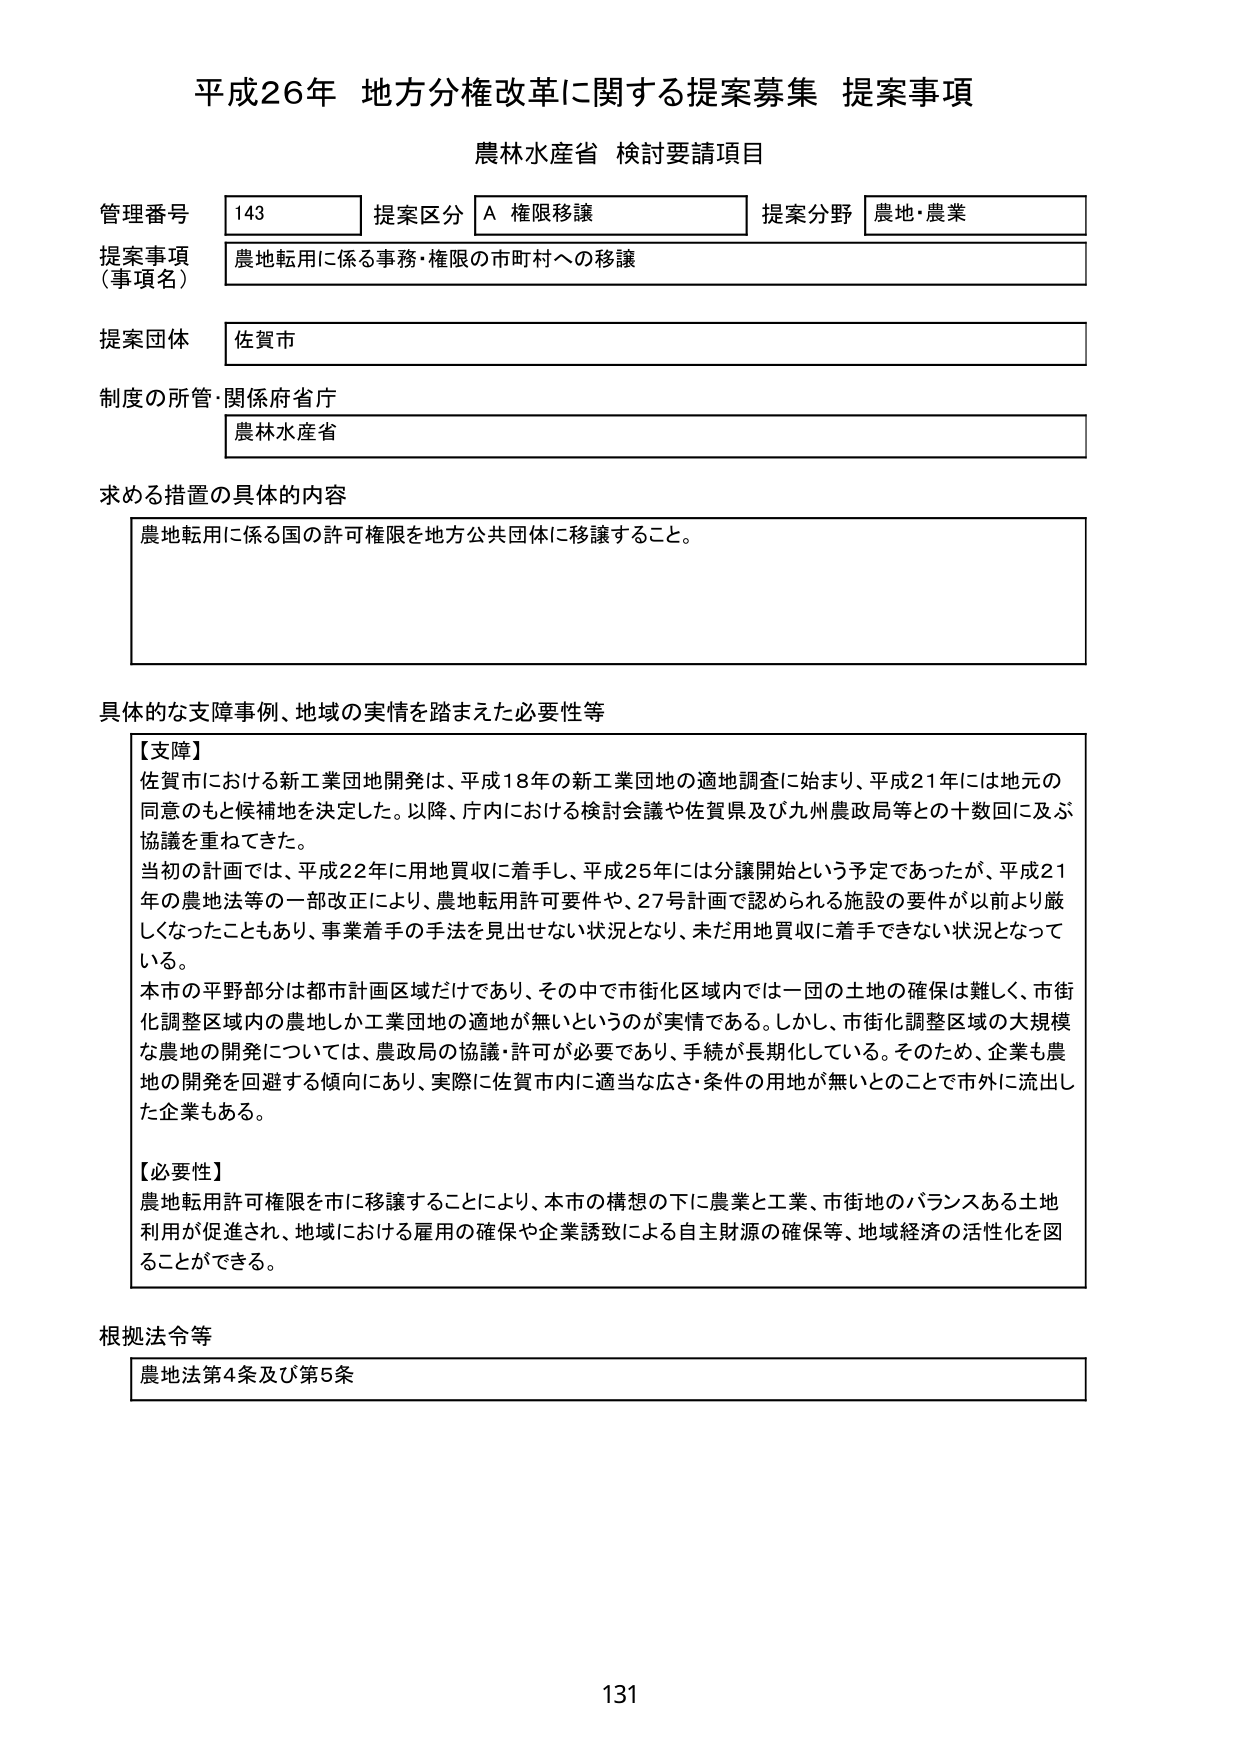
平成26年 地方分権改革に関する提案募集 提案事項
農林水産省 検討要請項目

管理番号 143 提案区分 A 権限移譲 提案分野 農地・農業
提案事項（事項名） 農地転用に係る事務・権限の市町村への移譲
提案団体 佐賀市
制度の所管・関係府省庁 農林水産省

求める措置の具体的内容
農地転用に係る国の許可権限を地方公共団体に移譲すること。

具体的な支障事例、地域の実情を踏まえた必要性等
【支障】
佐賀市における新工業団地開発は、平成18年の新工業団地の適地調査に始まり、平成21年には地元の同意のもと候補地を決定した。以降、庁内における検討会議や佐賀県及び九州農政局等との十数回に及ぶ協議を重ねてきた。
当初の計画では、平成22年に用地買収に着手し、平成25年には分譲開始という予定であったが、平成21年の農地法等の一部改正により、農地転用許可要件や、27号計画で認められる施設の要件が以前より厳しくなったこともあり、事業着手の手法を見出せない状況となり、未だ用地買収に着手できない状況となっている。
本市の平野部分は都市計画区域だけであり、その中で市街化区域内では一団の土地の確保は難しく、市街化調整区域内の農地しか工業団地の適地が無いというのが実情である。しかし、市街化調整区域の大規模な農地の開発については、農政局の協議・許可が必要であり、手続が長期化している。そのため、企業も農地の開発を回避する傾向にあり、実際に佐賀市内に適当な広さ・条件の用地が無いとのことで市外に流出した企業もある。

【必要性】
農地転用許可権限を市に移譲することにより、本市の構想の下に農業と工業、市街地のバランスある土地利用が促進され、地域における雇用の確保や企業誘致による自主財源の確保等、地域経済の活性化を図ることができる。

根拠法令等
農地法第4条及び第5条

131